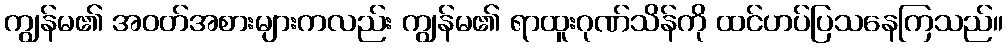
ကျွန်မ၏ အဝတ်အစားများကလည်း ကျွန်မ၏ ရာထူးဂုဏ်သိန်ကို ထင်ဟပ်ပြသနေကြသည်။